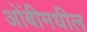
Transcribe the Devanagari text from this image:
ओंबीमधील